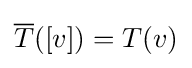
{\overline {T}}([v])=T(v)